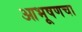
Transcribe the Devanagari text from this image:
आभूषणचा